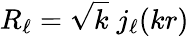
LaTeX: R_{\ell}=\sqrt k\; j_{\ell}(kr)